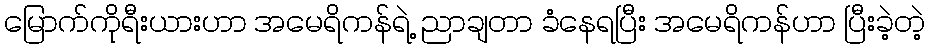
မြောက်ကိုရီးယားဟာ အမေရိကန်ရဲ့ ညာချတာ ခံနေရပြီး အမေရိကန်ဟာ ပြီးခဲ့တဲ့